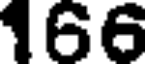
166